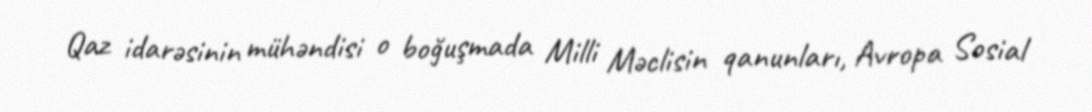
Qaz idarəsinin mühəndisi o boğuşmada Milli Məclisin qanunları, Avropa Sosial